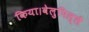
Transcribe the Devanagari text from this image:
किया।वेलुपिल्लै